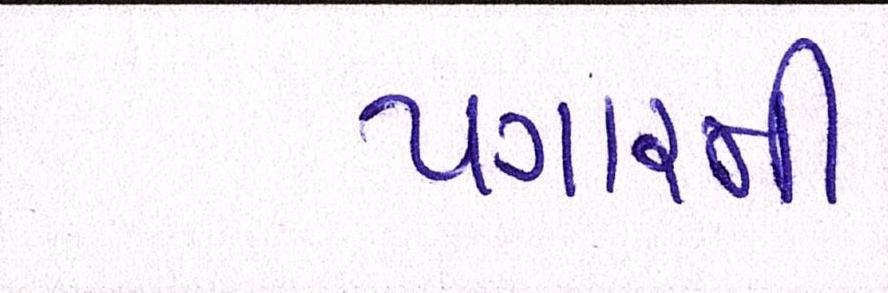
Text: પગારની